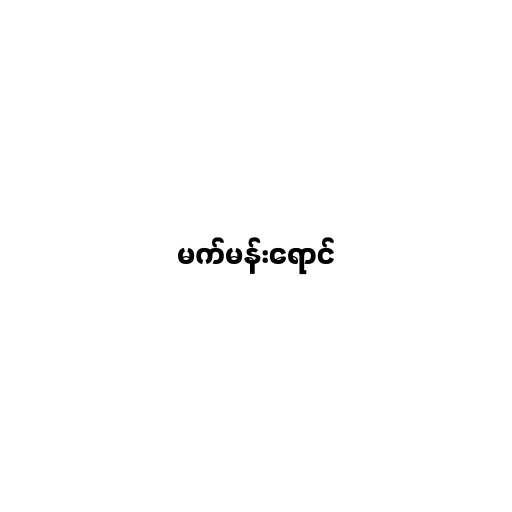
မက်မန်းရောင်